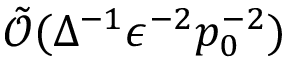
\tilde { \mathcal { O } } ( \Delta ^ { - 1 } \epsilon ^ { - 2 } p _ { 0 } ^ { - 2 } )